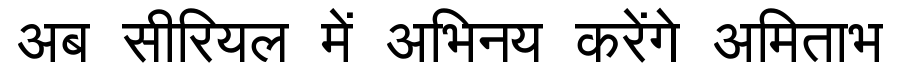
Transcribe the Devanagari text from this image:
अब सीरियल में अभिनय करेंगे अमिताभ